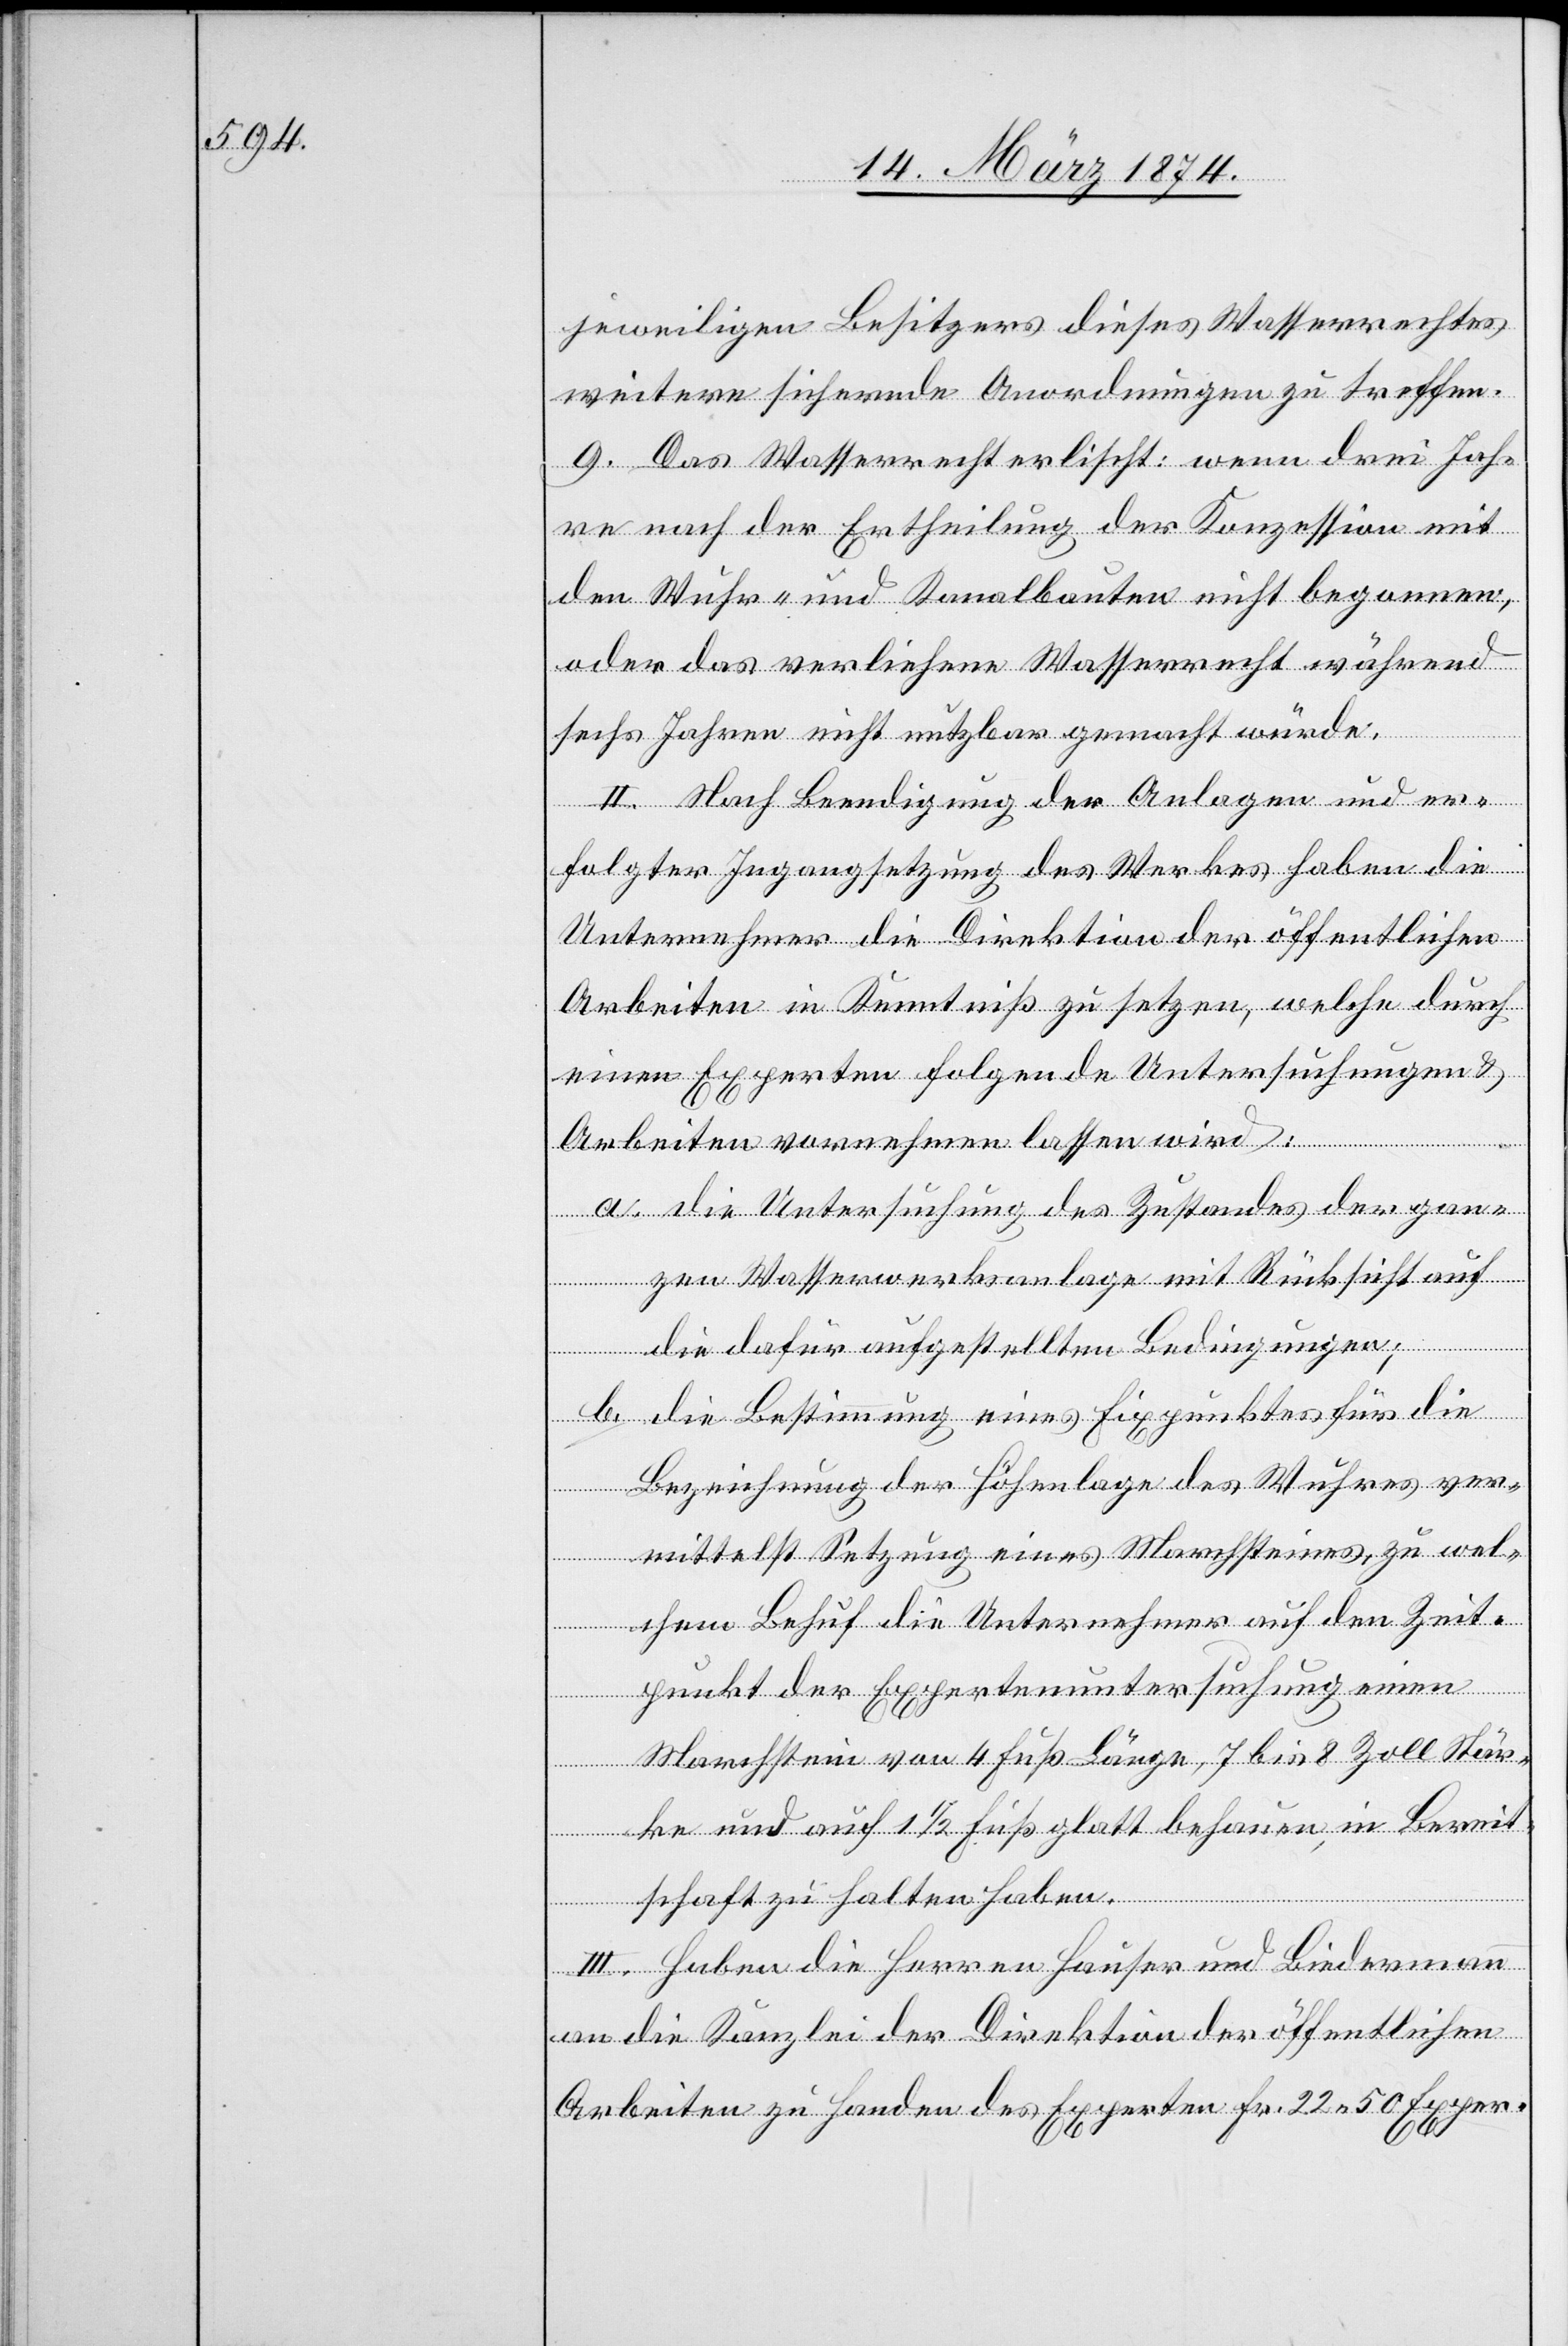
jeweiligen Besitzers dieses Wasserrechtes
weitere sichernde Anordnungen zu treffen.
9. Das Wasserrecht erlischt: wenn drei Jah¬
re nach der Ertheilung der Konzession mit
den Wuhr- und Kanalbauten nicht begonnen,
oder das verliehene Wasserrecht während
sechs Jahren nicht nutzbar gemacht würde.
II. nach Beendigung der Anlagen und er¬
folgter Ingangsetzung des Werkes haben die
Unternehmer die Direktion der öffentlichen
Arbeiten in Kenntniß zu setzen, welche durch
einen Experten folgende Untersuchungen u.
Arbeiten vornehmen lassen wird:
a. die Untersuchung des Zustandes der gan¬
zen Wasserwerksanlage mit Rücksicht auf
die dafür aufgestellten Bedingungen;
b. die Bestimmung eines Fixpunktes für die
Bezeichnung der Höhenlage des Wuhres ver¬
mittelst Setzung eines Marchsteines, zu wel¬
chem Behuf die Unternehmer auf den Zeit¬
punkt der Expertenuntersuchung einen
Marchstein von 4 Fuß Länge, 7 bis 8 Zoll Stär¬
ke und auch 1 1/2 Fuß glatt behauen, in Bereit¬
schaft zu halten haben.
III. Haben die Herren Hauser und Biedermann
an die Kanzlei der Direktion der öffentlichen
Arbeiten zu Handen des Experten Fr. 22.50 Exper-